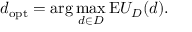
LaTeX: d _ { \mathrm { o p t } } = \arg \operatorname* { m a x } _ { d \in D } { \mathrm { E } } U _ { D } ( d ) .